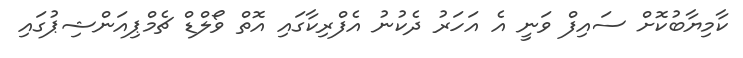
ކާމިޔާބުކޮށް ސައިފް ވަނީ އެ އަހަރު ދެކުނު އެފްރިކާގައި އޮތް ވޯލްޑް ޗެމްޕިއަންޝިޕުގައި